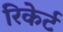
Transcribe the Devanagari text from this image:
रिकेर्ट